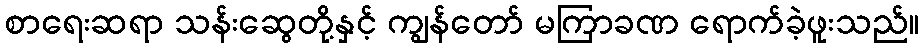
စာရေးဆရာ သန်းဆွေတို့နှင့် ကျွန်တော် မကြာခဏ ရောက်ခဲ့ဖူးသည်။